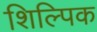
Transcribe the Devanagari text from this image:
शिल्पिक